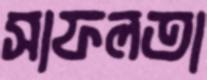
সাফলতা